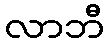
လာဘီ